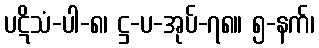
ပဋိသံ-ပါ-၈၊ ဋ္ဌ-ပ-အုပ်-၇၈။ ၅-နက်၊